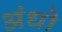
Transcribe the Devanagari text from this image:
अंधो